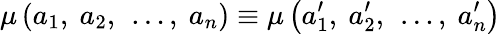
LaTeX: \mu\left(a_{1}{\mathrm{,~}}a_{2}{\mathrm{,~}}\ldots{}{\mathrm{,~}}a_{n}\right)\equiv\mu\left(a_{1}^{\prime}{\mathrm{,~}}a_{2}^{\prime}{\mathrm{,~}}\ldots{}{\mathrm{,~}}a_{n}^{\prime}\right)